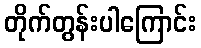
တိုက်တွန်းပါကြောင်း